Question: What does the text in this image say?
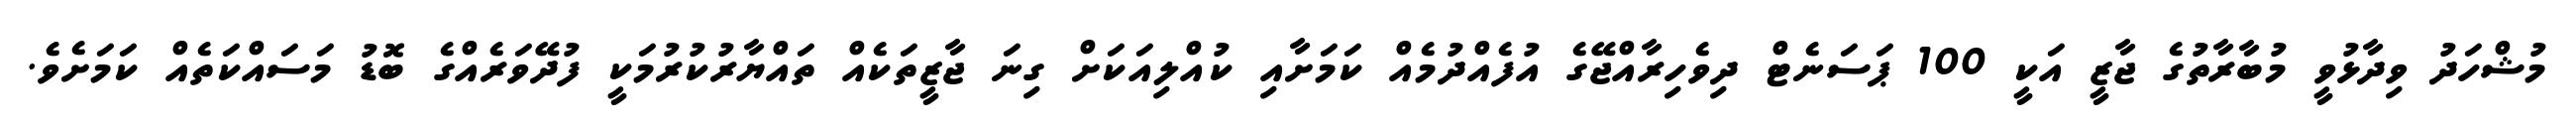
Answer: މުޝްހަދު ވިދާޅުވީ މުބާރާތުގެ ޖާޒީ އަކީ 100 ޕަސަނެޓް ދިވެހިރާއްޖޭގެ އުފެއްދުމެއް ކަމަށާއި ކުއްލިއަކަށް ގިނަ ޖާޒީތަކެއް ތައްޔާރުކުރުމަކީ ފުދޭވަރެއްގެ ބޮޑު މަސައްކަތެއް ކަމަށެވެ.